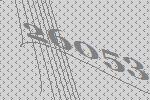
26053